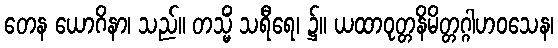
တေန ယောဂိနာ၊ သည်။ တသ္မိံ သရီရေ၊ ၌။ ယထာဝုတ္တနိမိတ္တဂ္ဂါဟဝသေန၊